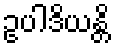
ဥပါဒိယန္တိ